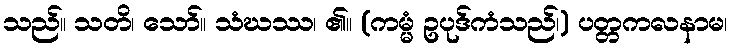
သည်။ သတိ၊ သော်။ သံဃဿ၊ ၏။ (ကမ္မံ ဥပုဒ်ကံသည်၊) ပတ္တကလနာမ၊